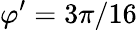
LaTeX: \varphi^{\prime}=3\pi/16